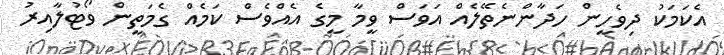
އެކަމަކު ދިވެހީން ހަދާންނެތޭލެއް އަވަސް ވީމާ މީގެ އެއްވެސް ކަމެއް ގެމަތީން ވޯޓުލާއިރު